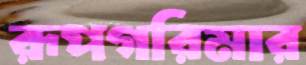
রূপগরিমার